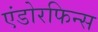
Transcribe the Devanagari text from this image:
एंडोरफिन्स